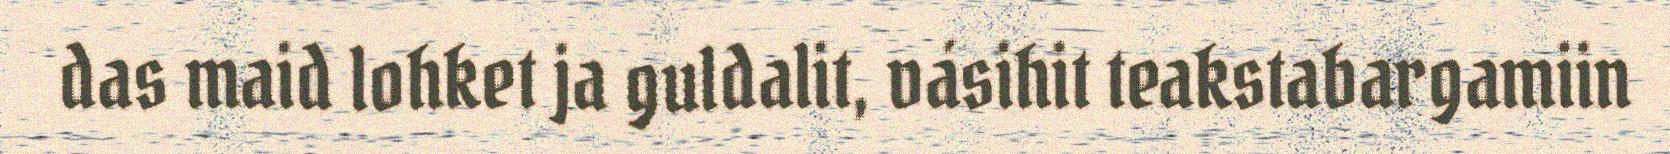
das maid lohket ja guldalit, vásihit teakstabargamiin